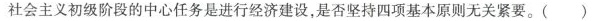
社会主义初级阶段的中心任务是进行经济建设，是否坚持四项基本原则无关紧要。()